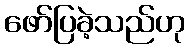
ဖော်ပြခဲ့သည်ဟု